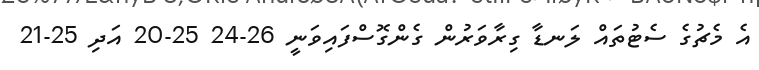
އެ މެޗުގެ ސެޓުތައް ލަނޑާ ގިރާވަރުން ގެންގޮސްފައިވަނީ 26-24 25-20 އަދި 25-21